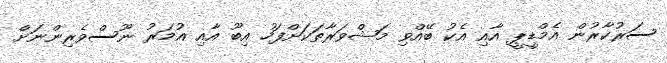
ސަރުކާރުން އެމްޑީޕީ އާއި އެކު ބޭއްވި މަޝްވަރާތަކަށްފަހު އިބޫ އާއި އުމަރު ނޫސްވެރިންނަށް